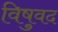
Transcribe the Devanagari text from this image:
विषुवद